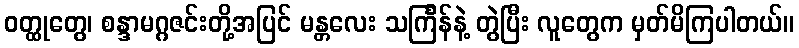
ဝတ္ထုတွေ၊ စန္ဒာမဂ္ဂဇင်းတို့အပြင် မန္တလေး သင်္ကြန်နဲ့ တွဲပြီး လူတွေက မှတ်မိကြပါတယ်။